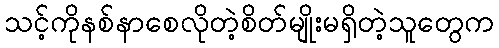
သင့်ကိုနစ်နာစေလိုတဲ့စိတ်မျိုးမရှိတဲ့သူတွေက